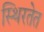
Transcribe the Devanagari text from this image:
स्थिरतेत